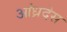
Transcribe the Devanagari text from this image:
आंध्रदेस